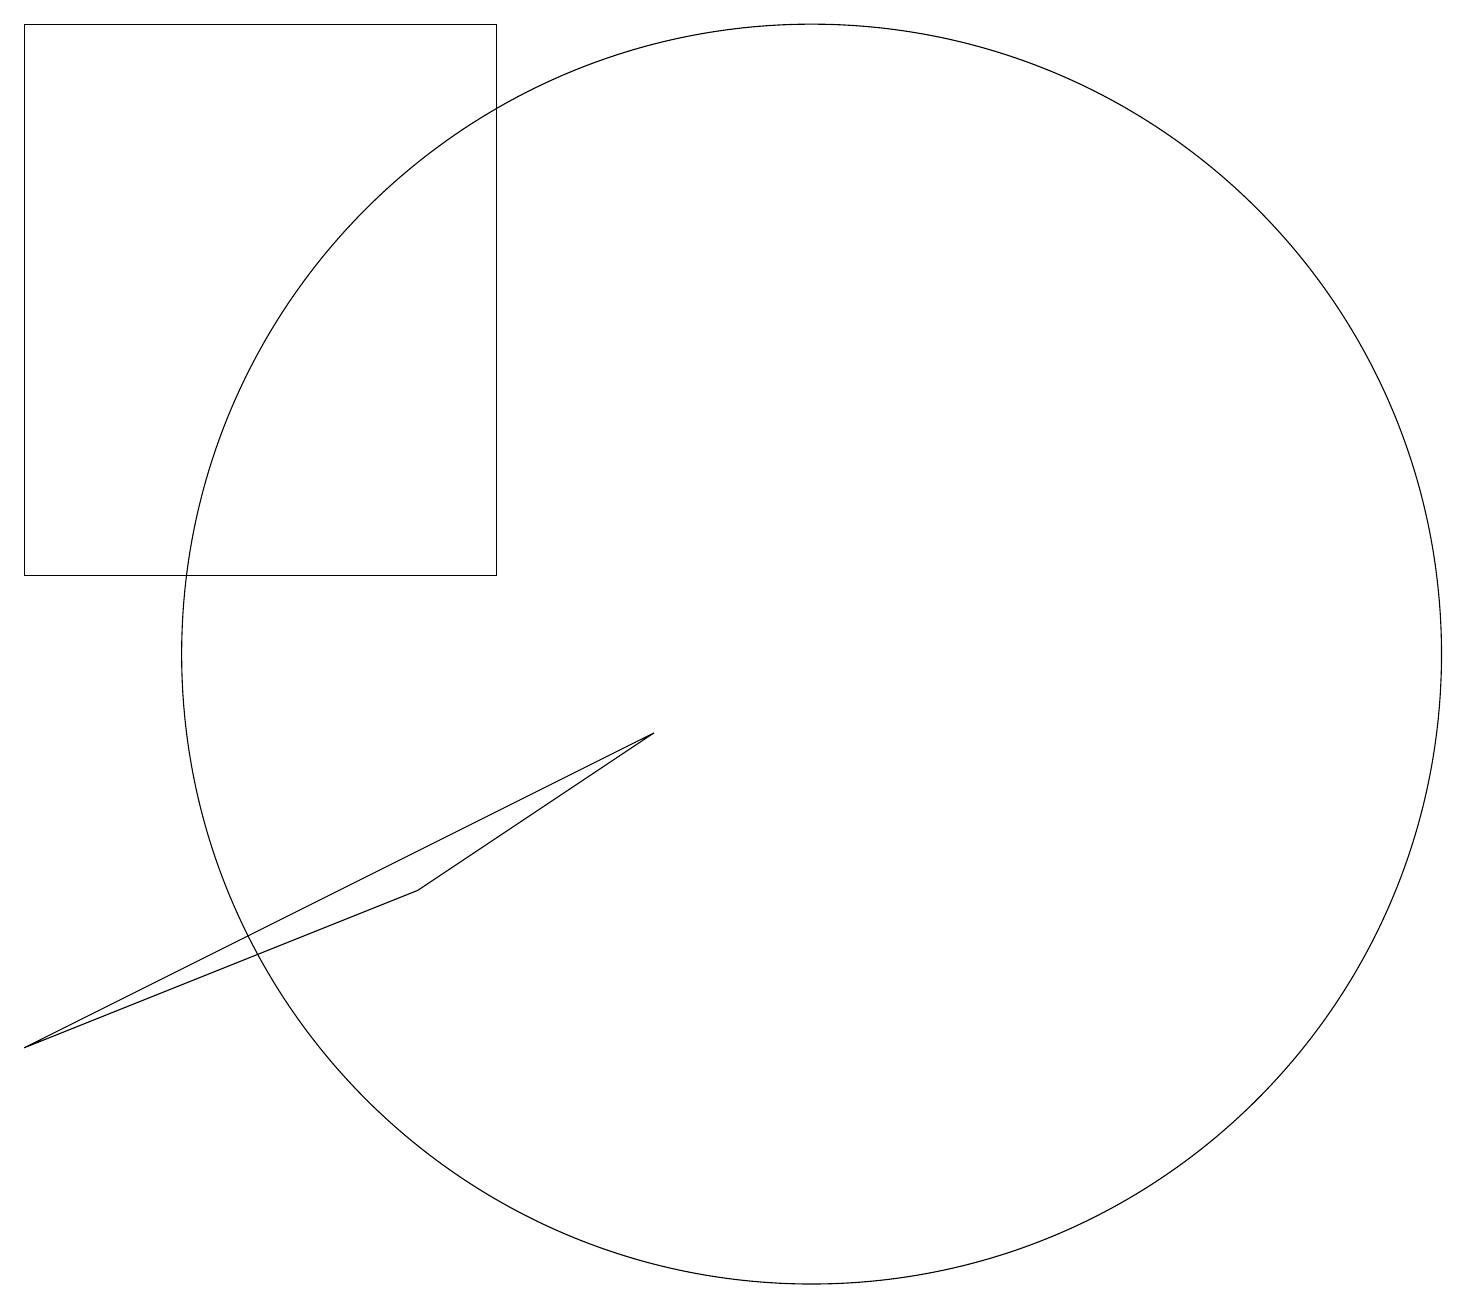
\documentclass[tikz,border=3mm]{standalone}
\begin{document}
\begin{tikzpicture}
\draw (0,11) rectangle (6,18);
\draw (0,5) -- (5,7) -- (8,9) -- cycle;
\draw (10,10) circle (8);
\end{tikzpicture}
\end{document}